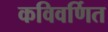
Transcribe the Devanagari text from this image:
कविवर्णित